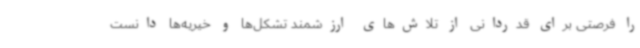
را فرصتی برای قدردانی از تلاش‌های ارزشمند تشکل‌ها و خیریه‌ها دانست